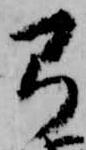
弓